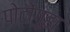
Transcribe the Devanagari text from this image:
पोटोंगुहा